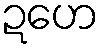
ဍဟေ